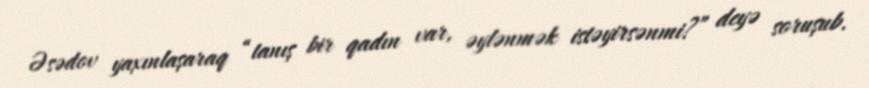
Əsədov yaxınlaşaraq “tanış bir qadın var, əylənmək istəyirsənmi?” deyə soruşub.